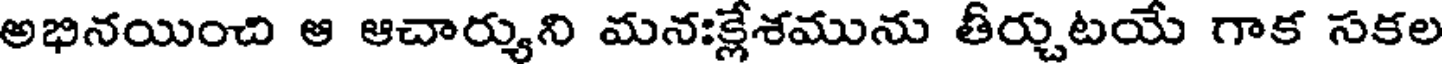
అభినయించి ఆ ఆచార్యుని మనఃక్లేశమును తీర్చుటయే గాక సకల